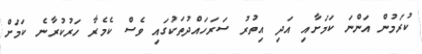
ކުރަމުން އަންނަ ކަމަށާއި އަދި އިތުރު ސަރަހައްދުތަކުގައި ވެސް ކެމެރާ ހަރުކުރާނެ ކަމަށް